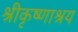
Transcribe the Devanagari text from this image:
श्रीकृष्णाश्रय